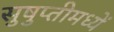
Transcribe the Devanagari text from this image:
सुषुप्तीमध्यें